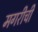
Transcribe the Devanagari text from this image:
मगरीची